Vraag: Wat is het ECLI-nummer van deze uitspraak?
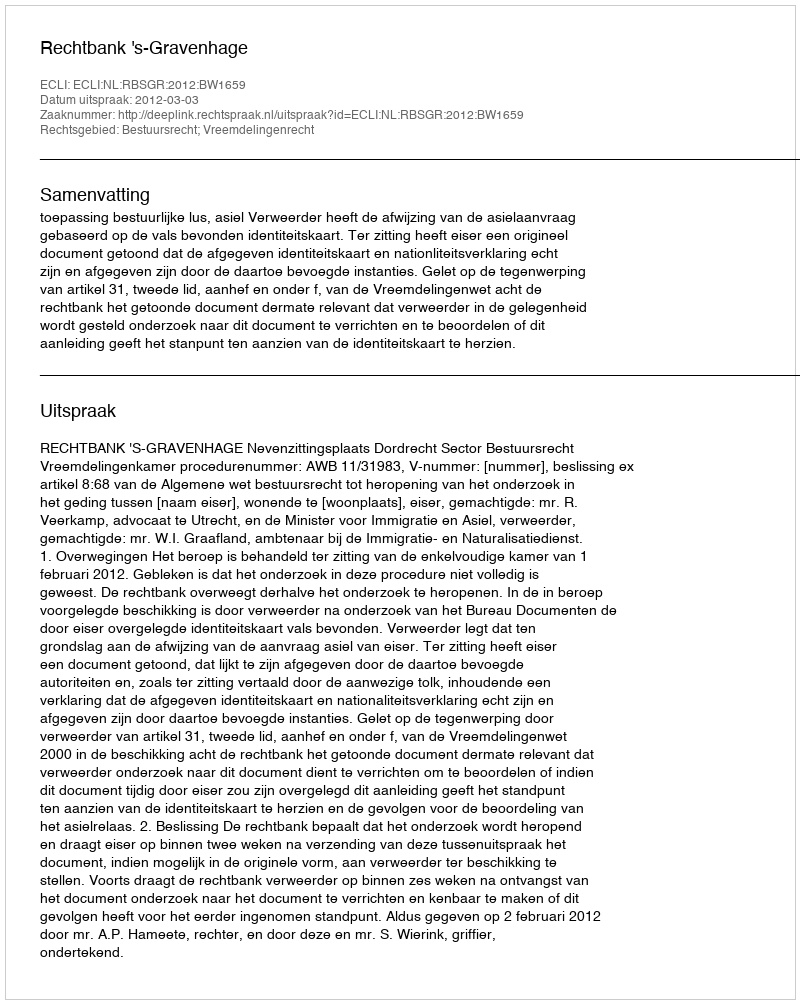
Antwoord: ECLI:NL:RBSGR:2012:BW1659